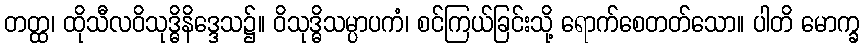
တတ္ထ၊ ထိုသီလဝိသုဒ္ဓိနိဒ္ဒေသ၌။ ဝိသုဒ္ဓိသမ္ပာပကံ၊ စင်ကြယ်ခြင်းသို့ ရောက်စေတတ်သော။ ပါတိ မောက္ခ